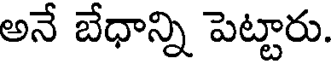
అనే బేధాన్ని పెట్టారు.